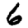
Digit: 6